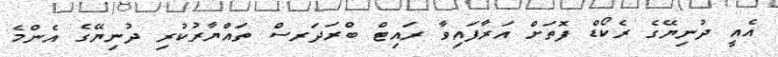
އެއީ ދުނިޔޭގެ ރެކޯޑް ފޮތަށް އަރާފައިވާ ރައިޓް ބްރަދަރސް ތައްޔާރުކުރި ދުނިޔޭގެ އެންމެ